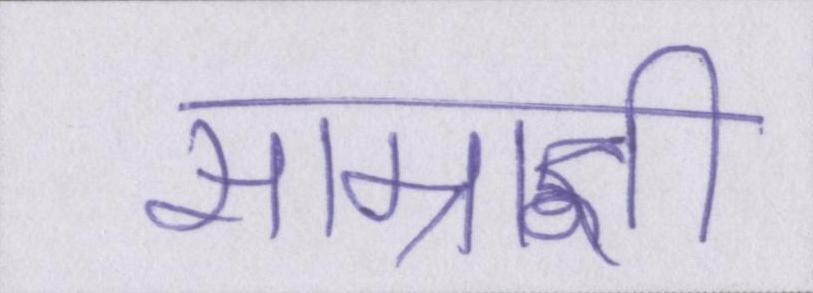
साम्राज्ञी